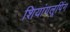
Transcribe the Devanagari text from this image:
शियांगलूपिंग